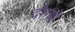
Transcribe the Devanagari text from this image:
दोग्यो